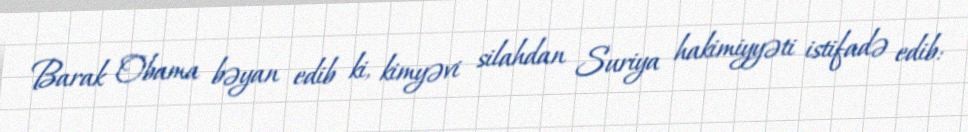
Barak Obama bəyan edib ki, kimyəvi silahdan Suriya hakimiyyəti istifadə edib: